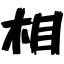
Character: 相